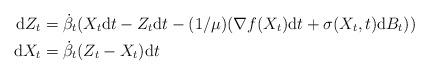
LaTeX: \begin{align*}\mathrm{d}Z_t &= \dot \beta_t(X_t\mathrm{d}t - Z_t \mathrm{d}t- (1/\mu)(\nabla f(X_t) \mathrm{d}t+ \sigma(X_t, t) \mathrm{d}B_t))\\\mathrm{d}X_t &= \dot \beta_t (Z_t - X_t)\mathrm{d}t\end{align*}